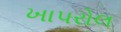
ખાપરોલ